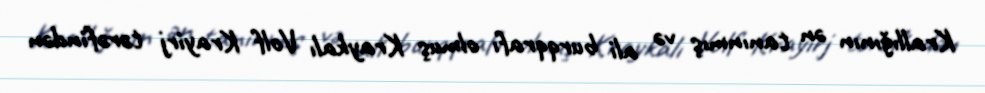
Krallığının ən tanınmış və ali burqqrafı olmuş Kraykalı Volf Krayirj tərəfindən